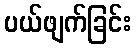
ပယ်ဖျက်ခြင်း